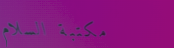
مكتبة السلام